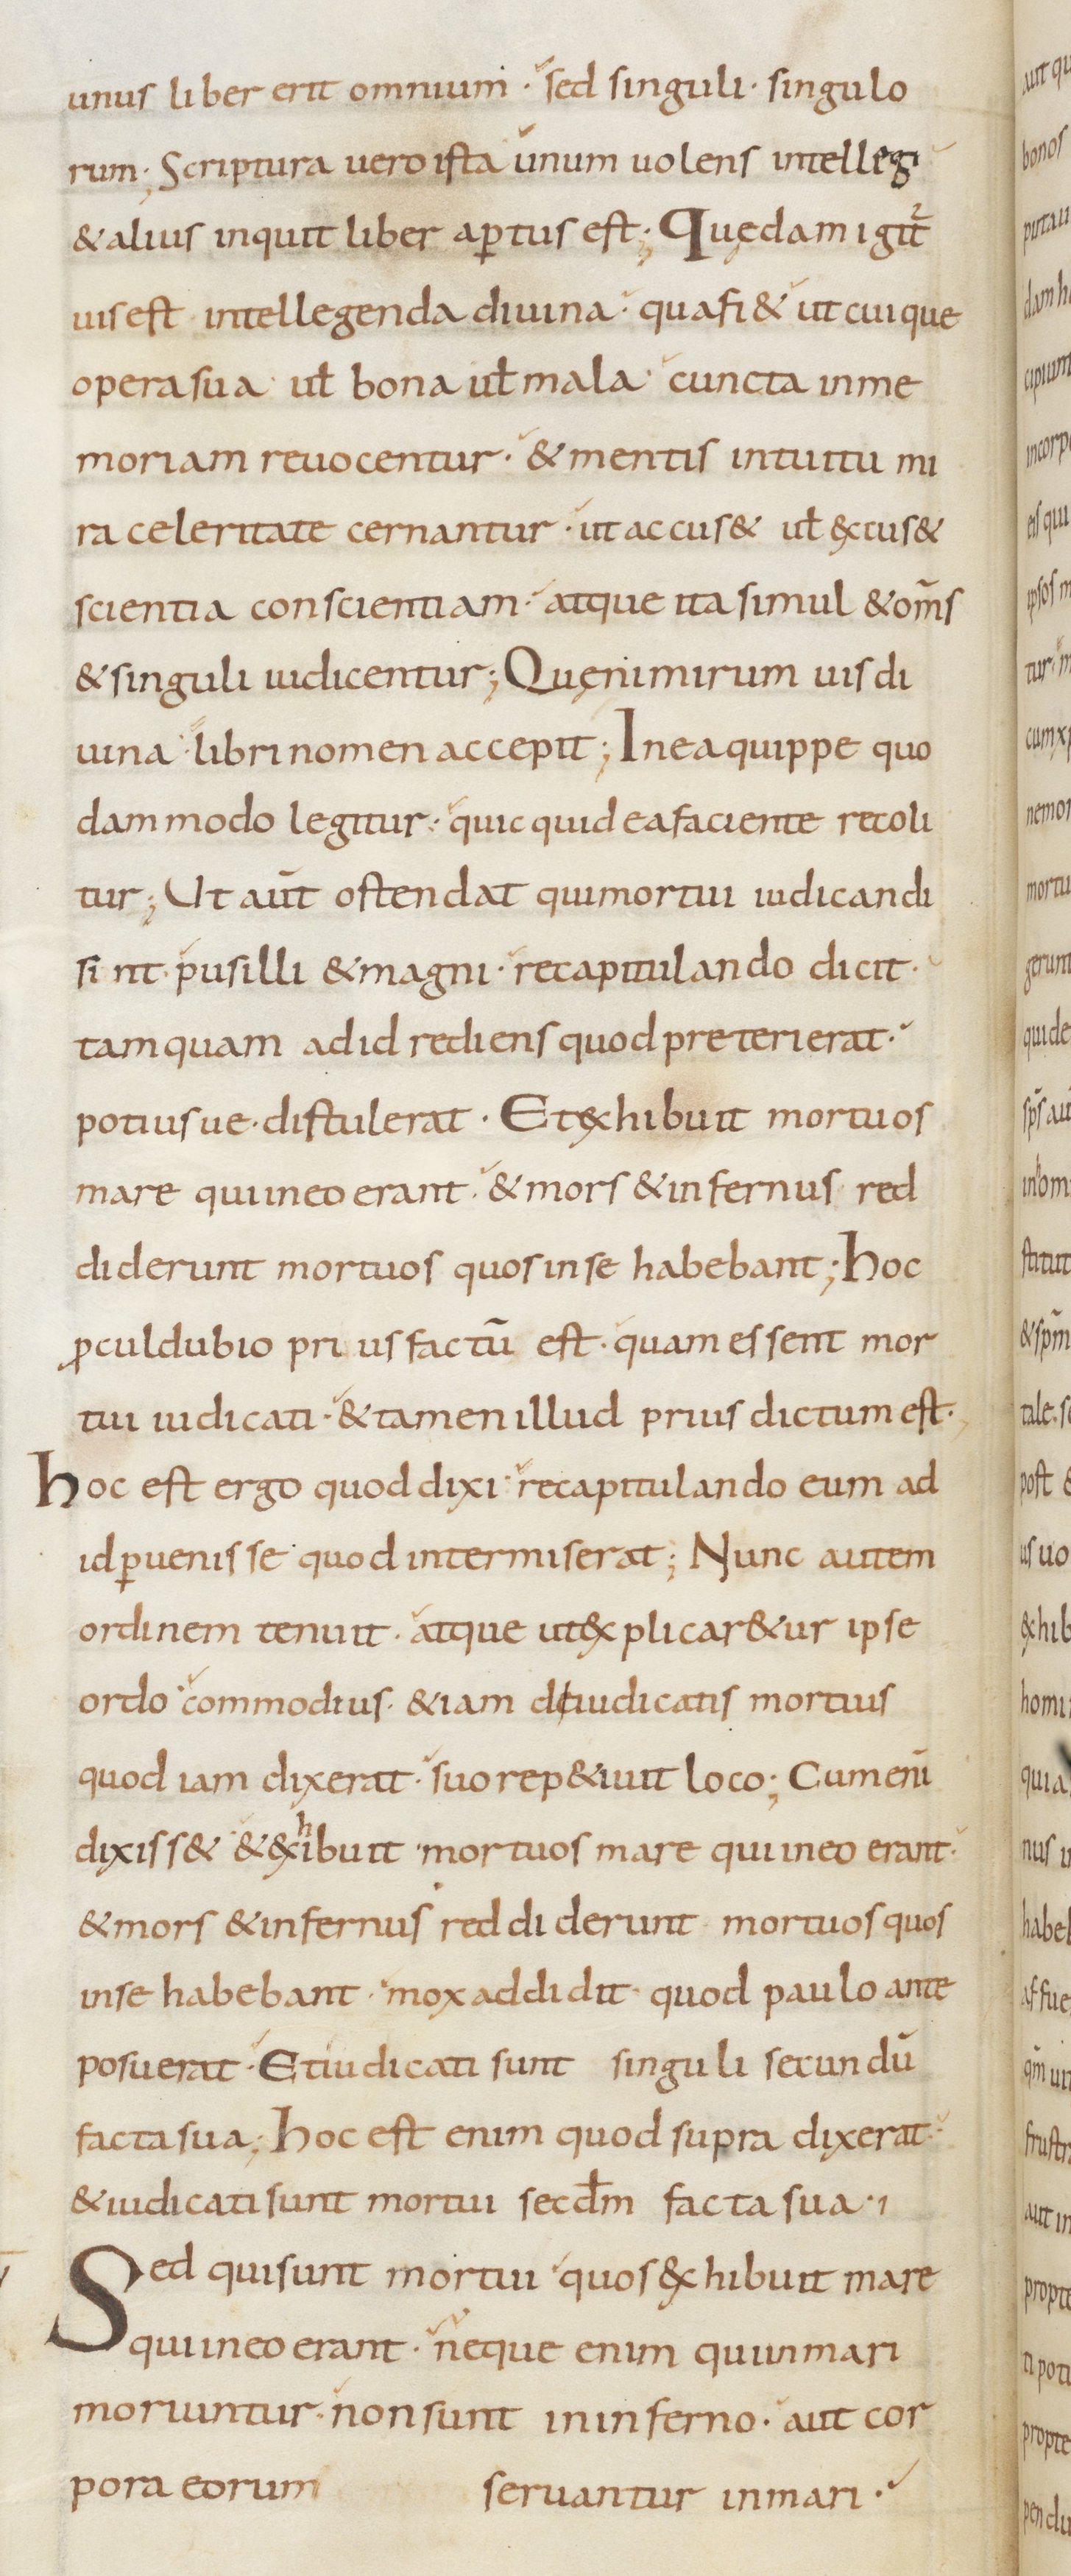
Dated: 800–899